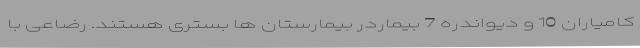
کامیاران 10 و دیواندره 7 بیماردر بیمارستان ها بستری هستند. رضاعی با